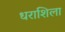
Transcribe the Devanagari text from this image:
धराशिला